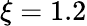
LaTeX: \xi=1.2